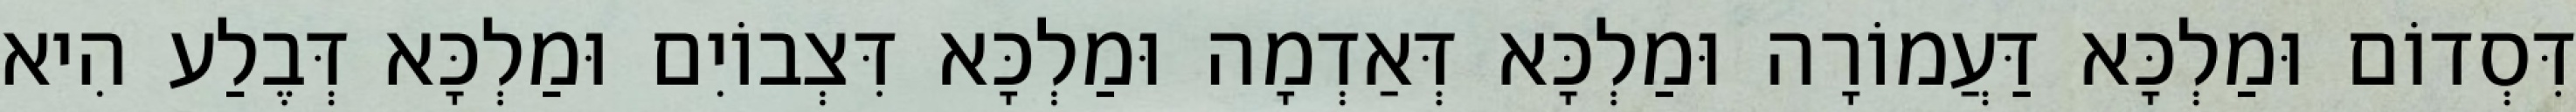
דִּסְדוֹם וּמַלְכָּא דַּעֲמוֹרָה וּמַלְכָּא דְּאַדְמָה וּמַלְכָּא דִּצְבוֹיִם וּמַלְכָּא דְּבֶלַע הִיא